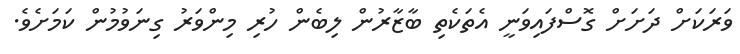
ވަރަކަށް ދަށަށް ގޮސްފައިވަނީ އެތަކެތި ބާޒާރުން ލިބެން ހުރި މިންވަރު ގިނަވުމުން ކަމަށެވެ.